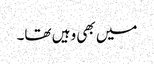
میں بھی وہیں تھا۔